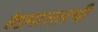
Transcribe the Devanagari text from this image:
हेडमास्तरची